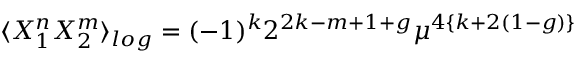
\langle X _ { 1 } ^ { n } X _ { 2 } ^ { m } \rangle _ { l o g } = ( - 1 ) ^ { k } 2 ^ { 2 k - m + 1 + g } \mu ^ { 4 \{ k + 2 ( 1 - g ) \} }